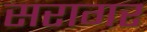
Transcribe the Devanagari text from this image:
सरागर